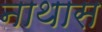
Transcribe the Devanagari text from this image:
नाथास